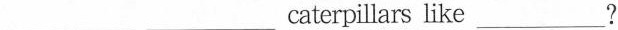
___ ___caterpillars like ___?